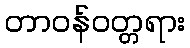
တာဝန်ဝတ္တရား